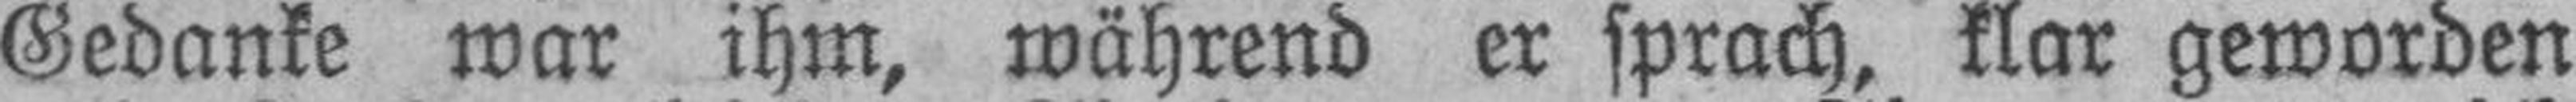
Gedanke war ihm, während er sprach, klar geworden